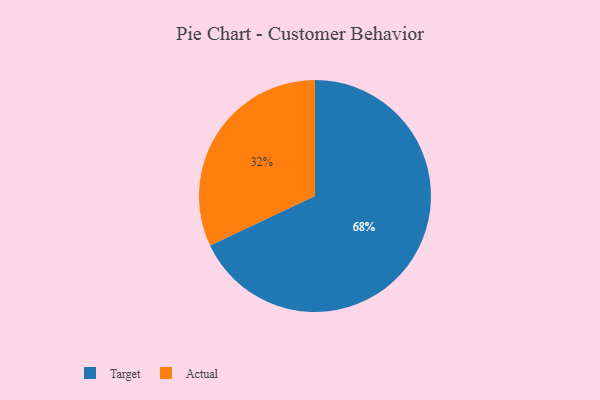
{"axis": {"x": "Category", "y": "Percentage"}, "legend": ["Actual", "Target"], "data": [{"x": "Target", "y": 68, "type": "Target"}, {"x": "Actual", "y": 32, "type": "Actual"}]}